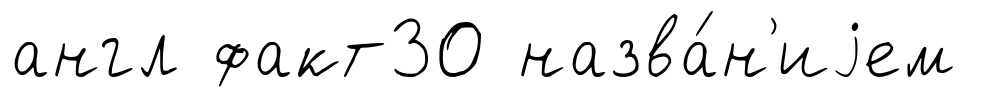
англ факт30 назва́н'иjем